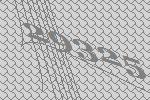
29325